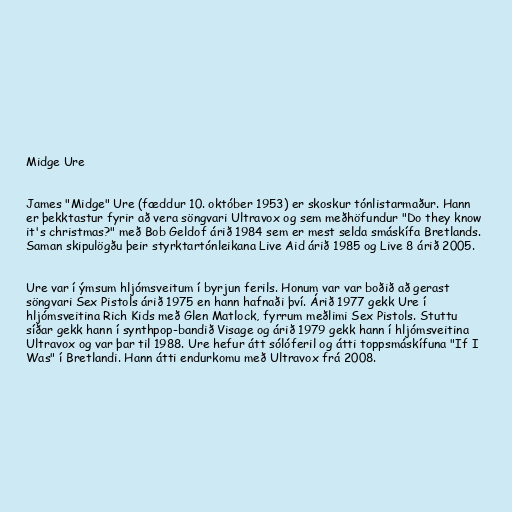
Midge Ure

James "Midge" Ure (fæddur 10. október 1953) er skoskur tónlistarmaður. Hann
er þekktastur fyrir að vera söngvari Ultravox og sem meðhöfundur "Do they know
it's christmas?" með Bob Geldof árið 1984 sem er mest selda smáskífa Bretlands.
Saman skipulögðu þeir styrktartónleikana Live Aid árið 1985 og Live 8 árið 2005.

Ure var í ýmsum hljómsveitum í byrjun ferils. Honum var var boðið að gerast
söngvari Sex Pistols árið 1975 en hann hafnaði því. Árið 1977 gekk Ure í
hljómsveitina Rich Kids með Glen Matlock, fyrrum meðlimi Sex Pistols. Stuttu
síðar gekk hann í synthpop-bandið Visage og árið 1979 gekk hann í hljómsveitina
Ultravox og var þar til 1988. Ure hefur átt sólóferil og átti toppsmáskífuna "If I
Was" í Bretlandi. Hann átti endurkomu með Ultravox frá 2008.